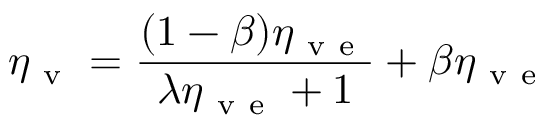
\eta _ { \mathrm { ~ v ~ } } = \frac { ( 1 - \beta ) \eta _ { \mathrm { ~ v ~ e ~ } } } { \lambda \eta _ { \mathrm { ~ v ~ e ~ } } + 1 } + \beta \eta _ { \mathrm { ~ v ~ e ~ } }